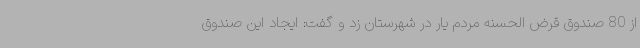
از 80 صندوق قرض الحسنه مردم یار در شهرستان زد و گفت: ایجاد این صندوق